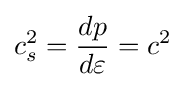
c_{s}^{2}={\frac {dp}{d\varepsilon }}=c^{2}